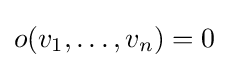
o(v_{1},\ldots ,v_{n})=0